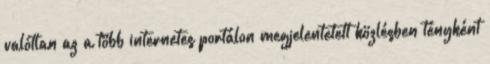
valótlan az a több internetes portálon megjelentetett közlésben tényként